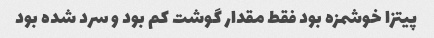
پیتزا خوشمزه بود فقط مقدار گوشت کم بود و سرد شده بود